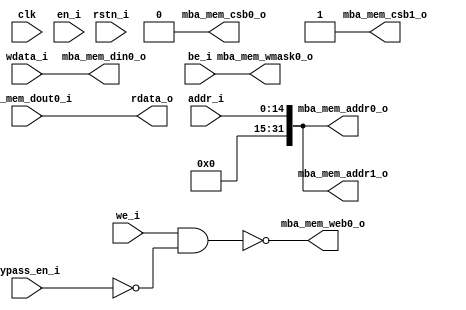
`define USE_POWER_PINS

module mba_sp_ram_wrap 
#(
    parameter RAM_SIZE   = 32768,              // in bytes
    parameter ADDR_WIDTH = $clog2(RAM_SIZE),
    parameter DATA_WIDTH = 32
  )
(
// `ifdef USE_POWER_PINS
// 	vccd1,	// User area 1 1.8V supply
// 	vssd1,	// User area 1 digital ground
// `endif
	clk,
	rstn_i,
	en_i,
	addr_i,
	wdata_i,
	rdata_o,
	we_i,
	be_i,
	bypass_en_i,
	// MBA START
	mba_mem_csb0_o		,
	mba_mem_web0_o		,
	mba_mem_wmask0_o	,
	mba_mem_addr0_o		,
	mba_mem_din0_o		,
	mba_mem_dout0_i		,
	mba_mem_csb1_o		,
	mba_mem_addr1_o		
	// MBA END	
);
	//parameter RAM_SIZE = 32768;
	//parameter ADDR_WIDTH = $clog2(RAM_SIZE);
	//parameter DATA_WIDTH = 32;
// `ifdef USE_POWER_PINS
// inout wire vccd1;
// inout wire vssd1;
// `endif
	// MBA START
output wire 		mba_mem_csb0_o;
output wire 		mba_mem_web0_o;
output wire [3:0]	mba_mem_wmask0_o;
output wire [31:0]	mba_mem_addr0_o;
output wire [31:0] 	mba_mem_din0_o;
input  wire [31:0] 	mba_mem_dout0_i;
output wire 		mba_mem_csb1_o;
output wire [31:0] 	mba_mem_addr1_o;
// MBA END
	input wire clk;
	input wire rstn_i;
	input wire en_i;
	input wire [ADDR_WIDTH - 1:0] addr_i;
	input wire [DATA_WIDTH - 1:0] wdata_i;
	output wire [DATA_WIDTH - 1:0] rdata_o;
	input wire we_i;
	input wire [(DATA_WIDTH / 8) - 1:0] be_i;
	input wire bypass_en_i;
	wire [31:0] ram_out_int;
	assign rdata_o = ram_out_int;

	// MBA START
//	sky130_sram_2kbyte_1rw1r_32x512_8 open_ram_2k(
//	`ifdef USE_POWER_PINS
//		.vccd1(vccd1),
//		.vssd1(vssd1),
//	`endif
//		.clk0(clk),
//		.csb0(1'b0),
//		.web0(~(we_i & ~bypass_en_i)),
//		.wmask0(be_i),
//		.addr0(addr_i[10:2]),
//		.din0(wdata_i),
//		.dout0(ram_out_int),
//		.clk1(1'b0),
//		.csb1(1'b1),
//		.addr1(9'b000000000),
//		.dout1()
//	);

assign mba_mem_csb0_o 	= 1'b0;
assign mba_mem_web0_o	= ~(we_i & ~bypass_en_i);	
assign mba_mem_wmask0_o	= be_i;
assign mba_mem_addr0_o  = addr_i;
assign mba_mem_din0_o   = wdata_i;
assign ram_out_int 		= mba_mem_dout0_i;
assign mba_mem_csb1_o	= 1'b1;
assign mba_mem_addr1_o	= addr_i;

	// MBA END

endmodule